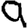
Digit: 9